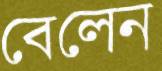
বেলেন